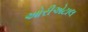
ઓરીએટાલ